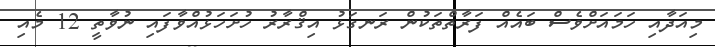
މިއަދާއި ހަމައަށްވެސް ބައެއް ފަރާތްތަކުން ރަނގަޅު އިޤްރާރު ހުށަހަޅުއްވާފައި ނުވާތީ 12 މެއި